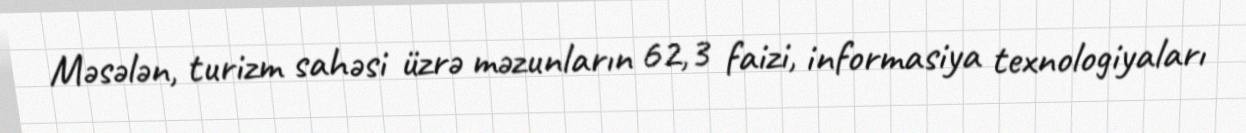
Məsələn, turizm sahəsi üzrə məzunların 62,3 faizi, informasiya texnologiyaları